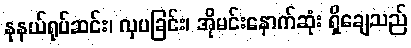
နုနယ်ရုပ်ဆင်း၊ လှပခြင်း၊ အိုမင်းနောက်ဆုံး ရှိချေသည်